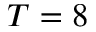
T = 8